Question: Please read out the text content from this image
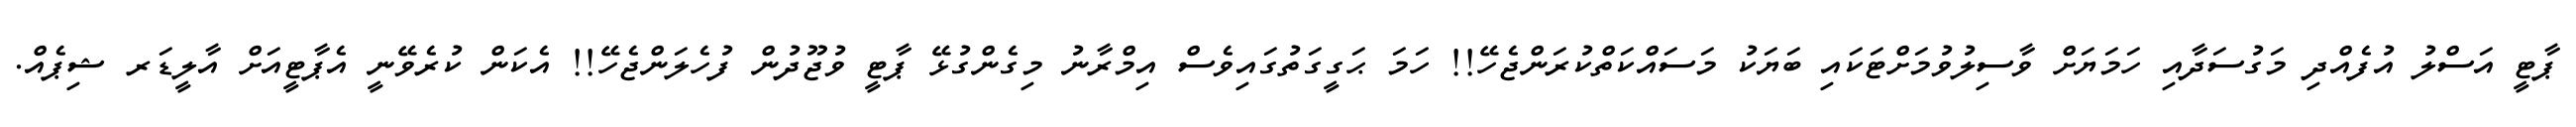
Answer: ޕާޓީ އަސްލު އުފެއްދި މަގުސަދާއި ހަމަޔަށް ވާސިލުވުމަށްޓަކައި ބަޔަކު މަސައްކަތްކުރަންޖެހޭ!! ހަމަ ޙަގީގަތުގައިވެސް އިމްރާނު މިގެންގުޅޭ ޕާޓީ ވުޖޫދުން ފުހެލަންޖެހޭ!! އެކަން ކުރެވޭނީ އެޕާޓީއަށް އާލީޑަރ ޝިޕެއް.